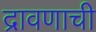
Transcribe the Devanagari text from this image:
द्रावणाची